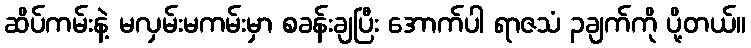
ဆိပ်ကမ်းနဲ့ မလှမ်းမကမ်းမှာ စခန်းချပြီး အောက်ပါ ရာဇသံ ၃ချက်ကို ပို့တယ်။